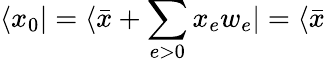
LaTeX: \langle x_{0}|=\langle\bar{x}+\sum_{e>0}x_{e}w_{e}|=\langle\bar{x}